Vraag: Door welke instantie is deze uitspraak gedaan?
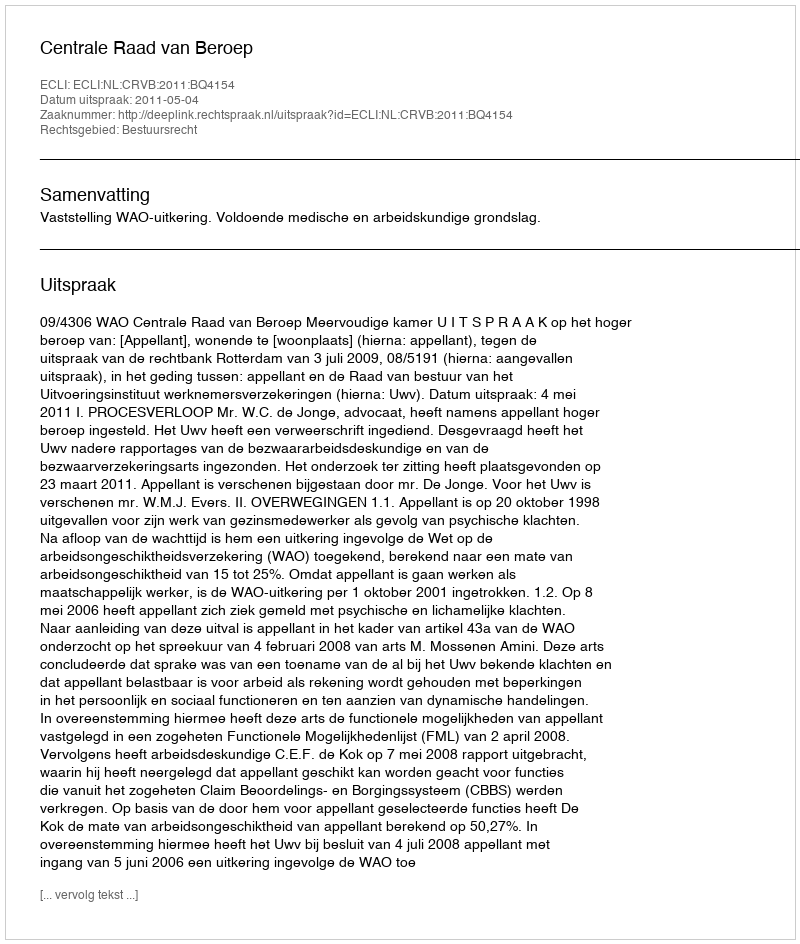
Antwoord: Centrale Raad van Beroep